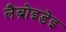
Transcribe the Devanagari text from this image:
लैब्रोइडेइ